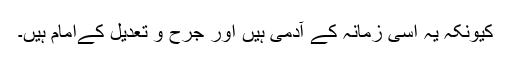
کیونکہ یہ اسی زمانہ کے آدمی ہیں اور جرح و تعدیل کےامام ہیں۔